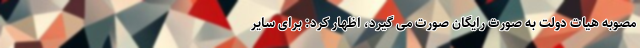
مصوبه هیات دولت به صورت رایگان صورت می گیرد، اظهار کرد: برای سایر